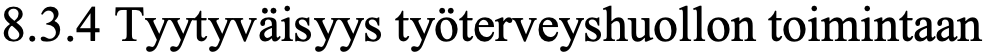
8.3.4 Tyytyväisyys työterveyshuollon toimintaan